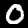
Label: 0